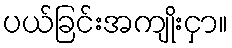
ပယ်ခြင်းအကျိုးငှာ။